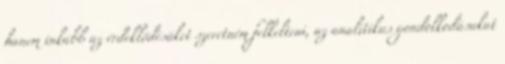
hanem inkább az érdeklődésüket szeretném felkelteni, az analitikus gondolkodásukat